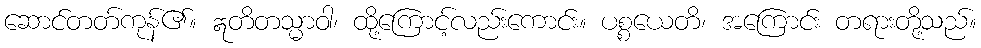
ဆောင်တတ်ကုန်၏။ ဣတိတသ္မာဝါ၊ ထို့ကြောင့်လည်းကောင်း။ ပစ္စယေတိ၊ အကြောင်း တရားတို့သည်။